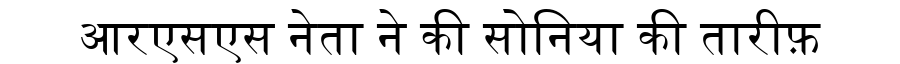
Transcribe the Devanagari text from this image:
आरएसएस नेता ने की सोनिया की तारीफ़